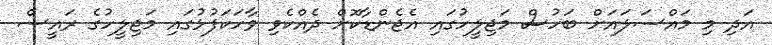
އަދި މި މައްސަލައަށް ބަހުސް މަޖިލީހުގައި އެޖެންޑާކޮށް ދެއްކެވި ވާހަކަފުޅުގައި މަޖިލީހުގެ ރައީސް